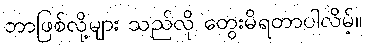
ဘာဖြစ်လို့များ သည်လို တွေးမိရတာပါလိမ့်။